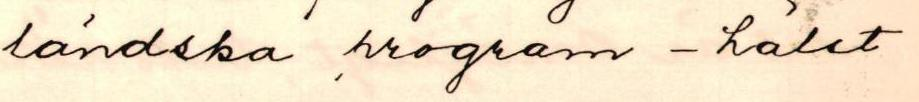
ländska program - hälst